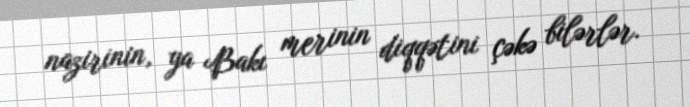
nazirinin, ya Bakı merinin diqqətini çəkə bilərlər.